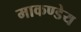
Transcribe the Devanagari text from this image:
माकण्डेय